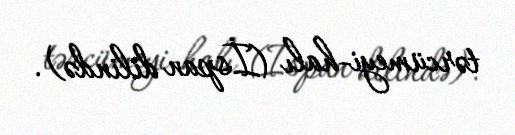
tərcümeyi-halı (İspan dilində).